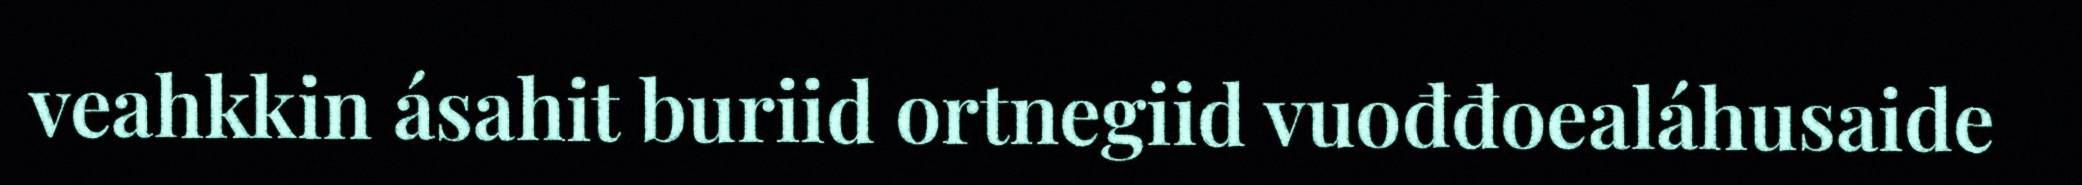
veahkkin ásahit buriid ortnegiid vuođđoealáhusaide